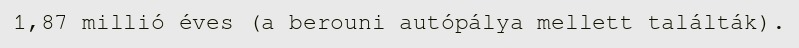
1,87 millió éves (a berouni autópálya mellett találták).